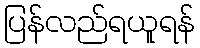
ပြန်လည်ရယူရန်